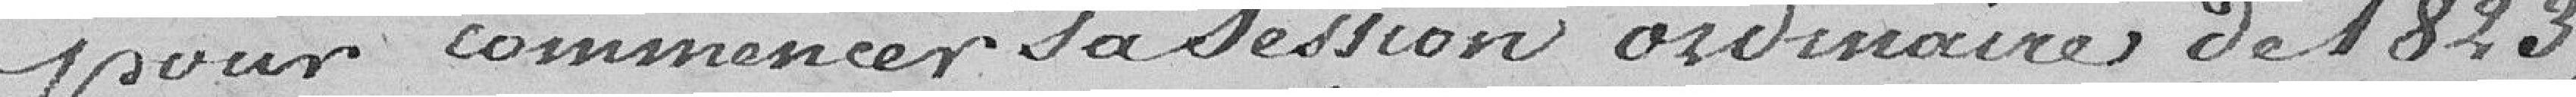
pour commencer sa session ordinaire de 1823